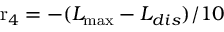
{ \mathrm { { r } } _ { 4 } } = - ( { L _ { \operatorname* { m a x } } } - { L _ { d i s } } ) / 1 0